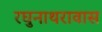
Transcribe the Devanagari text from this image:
रघुनाथरावास